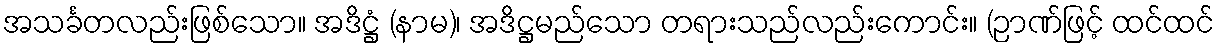
အသင်္ခတလည်းဖြစ်သော။ အဒိဋ္ဌံ (နာမ)၊ အဒိဋ္ဌမည်သော တရားသည်လည်းကောင်း။ (ဉာဏ်ဖြင့် ထင်ထင်